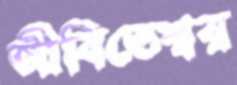
জীবিতেশ্বর